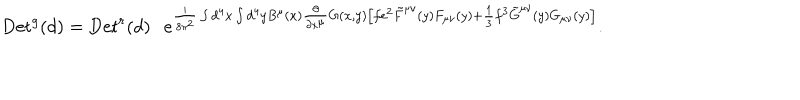
\mathrm { D e t } ^ { g } ( d ) = \mathrm { D e t } ^ { r } ( d ) \cdot e ^ { { \frac { i } { 8 \pi ^ { 2 } } } \int d ^ { 4 } x \int d ^ { 4 } y B ^ { \mu } ( x ) { \frac { \partial } { \partial x ^ { \mu } } } G ( x , y ) \left[ f e ^ { 2 } \tilde { F } ^ { \mu \nu } ( y ) F _ { \mu \nu } ( y ) + { \frac { 1 } { 3 } } f ^ { 3 } \tilde { G } ^ { \mu \nu } ( y ) G _ { \mu \nu } ( y ) \right] } .